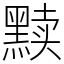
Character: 黩